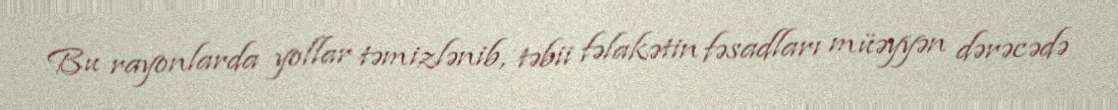
Bu rayonlarda yollar təmizlənib, təbii fəlakətin fəsadları müəyyən dərəcədə